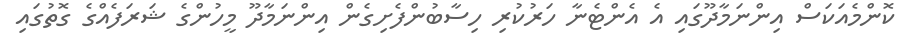
ކޮންމެއަކަސް އިންނަމާދޫގައި އެ އެންޓެނާ ހަރުކުރި ހިސާބުންފެށިގެން އިންނަމާދޫ މީހުންގެ ޝަރަފެއްގެ ގޮތުގައި